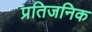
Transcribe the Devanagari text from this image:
प्रतिजनिक